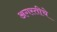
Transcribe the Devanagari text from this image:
अगस्तीचे